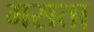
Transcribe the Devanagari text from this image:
मसता